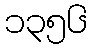
၁၃၅၆